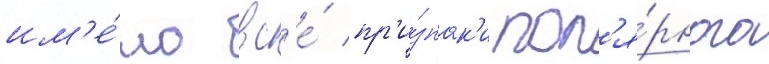
им'е́ло вс'е́ пр'и́знак'и пол'я́рного